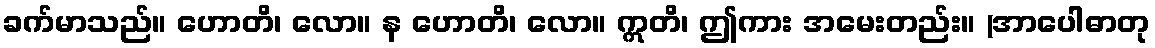
ခက်မာသည်။ ဟောတိ၊ လော။ န ဟောတိ၊ လော။ ဣတိ၊ ဤကား အမေးတည်း။ (အာပေါဓာတု